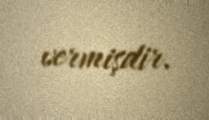
vermişdir.